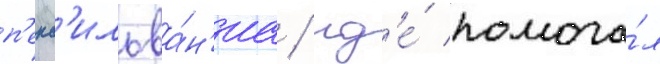
п'енс'ильва́н'иа / гд'е́ помога́л